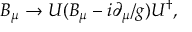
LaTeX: B _ { \mu } \rightarrow U ( B _ { \mu } - i \partial _ { \mu } / g ) U ^ { \dagger } ,